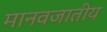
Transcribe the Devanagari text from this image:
मानवजातीय